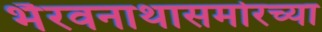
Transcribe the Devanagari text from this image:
भैरवनाथासमोरच्या